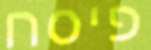
פיסח